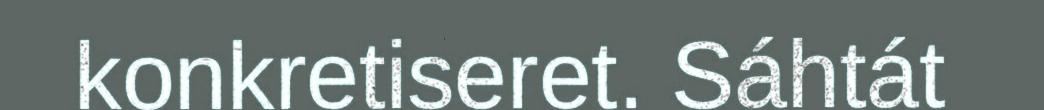
konkretiseret. Sáhtát